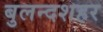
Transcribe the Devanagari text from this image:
बुलन्‍दशहर